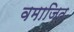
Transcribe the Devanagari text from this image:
वमाजित